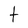
Character: t